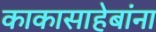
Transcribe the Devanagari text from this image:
काकासाहेबांना